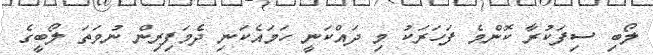
ލޯބި ސިފަކުރާ ކޮންމެ ފަހަރަކު މި ދައްކަނީ ހަމައެކަނި ދެމަފިރިން ނުވަތަ ލޯބީގެ